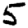
Digit: 5